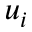
u _ { i }